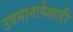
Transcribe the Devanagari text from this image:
उपमानापेक्षाही